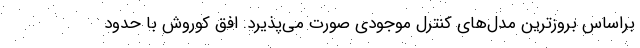
براساس بروزترین مدل­های کنترل موجودی صورت می­پذیرد. افق کوروش با حدود